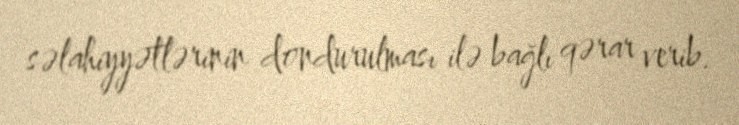
səlahiyyətlərinin dondurulması ilə bağlı qərar verib.